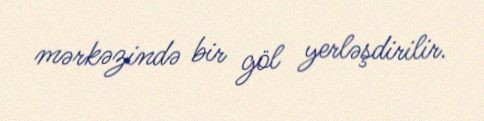
mərkəzində bir göl yerləşdirilir.